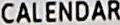
CALENDAR